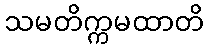
သမတိက္ကမထာတိ